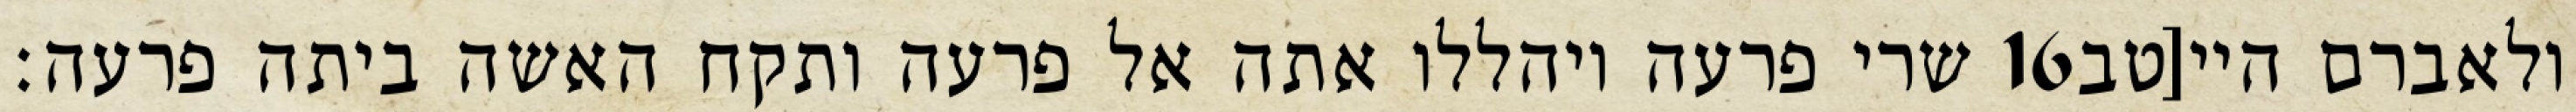
שרי פרעה ויהללו אתה אל פרעה ותקח האשה ביתה פרעה׃ ‎16‏ ולאברם היי[טב